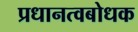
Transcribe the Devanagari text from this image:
प्रधानत्वबोधक